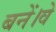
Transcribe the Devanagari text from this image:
बनें।वे